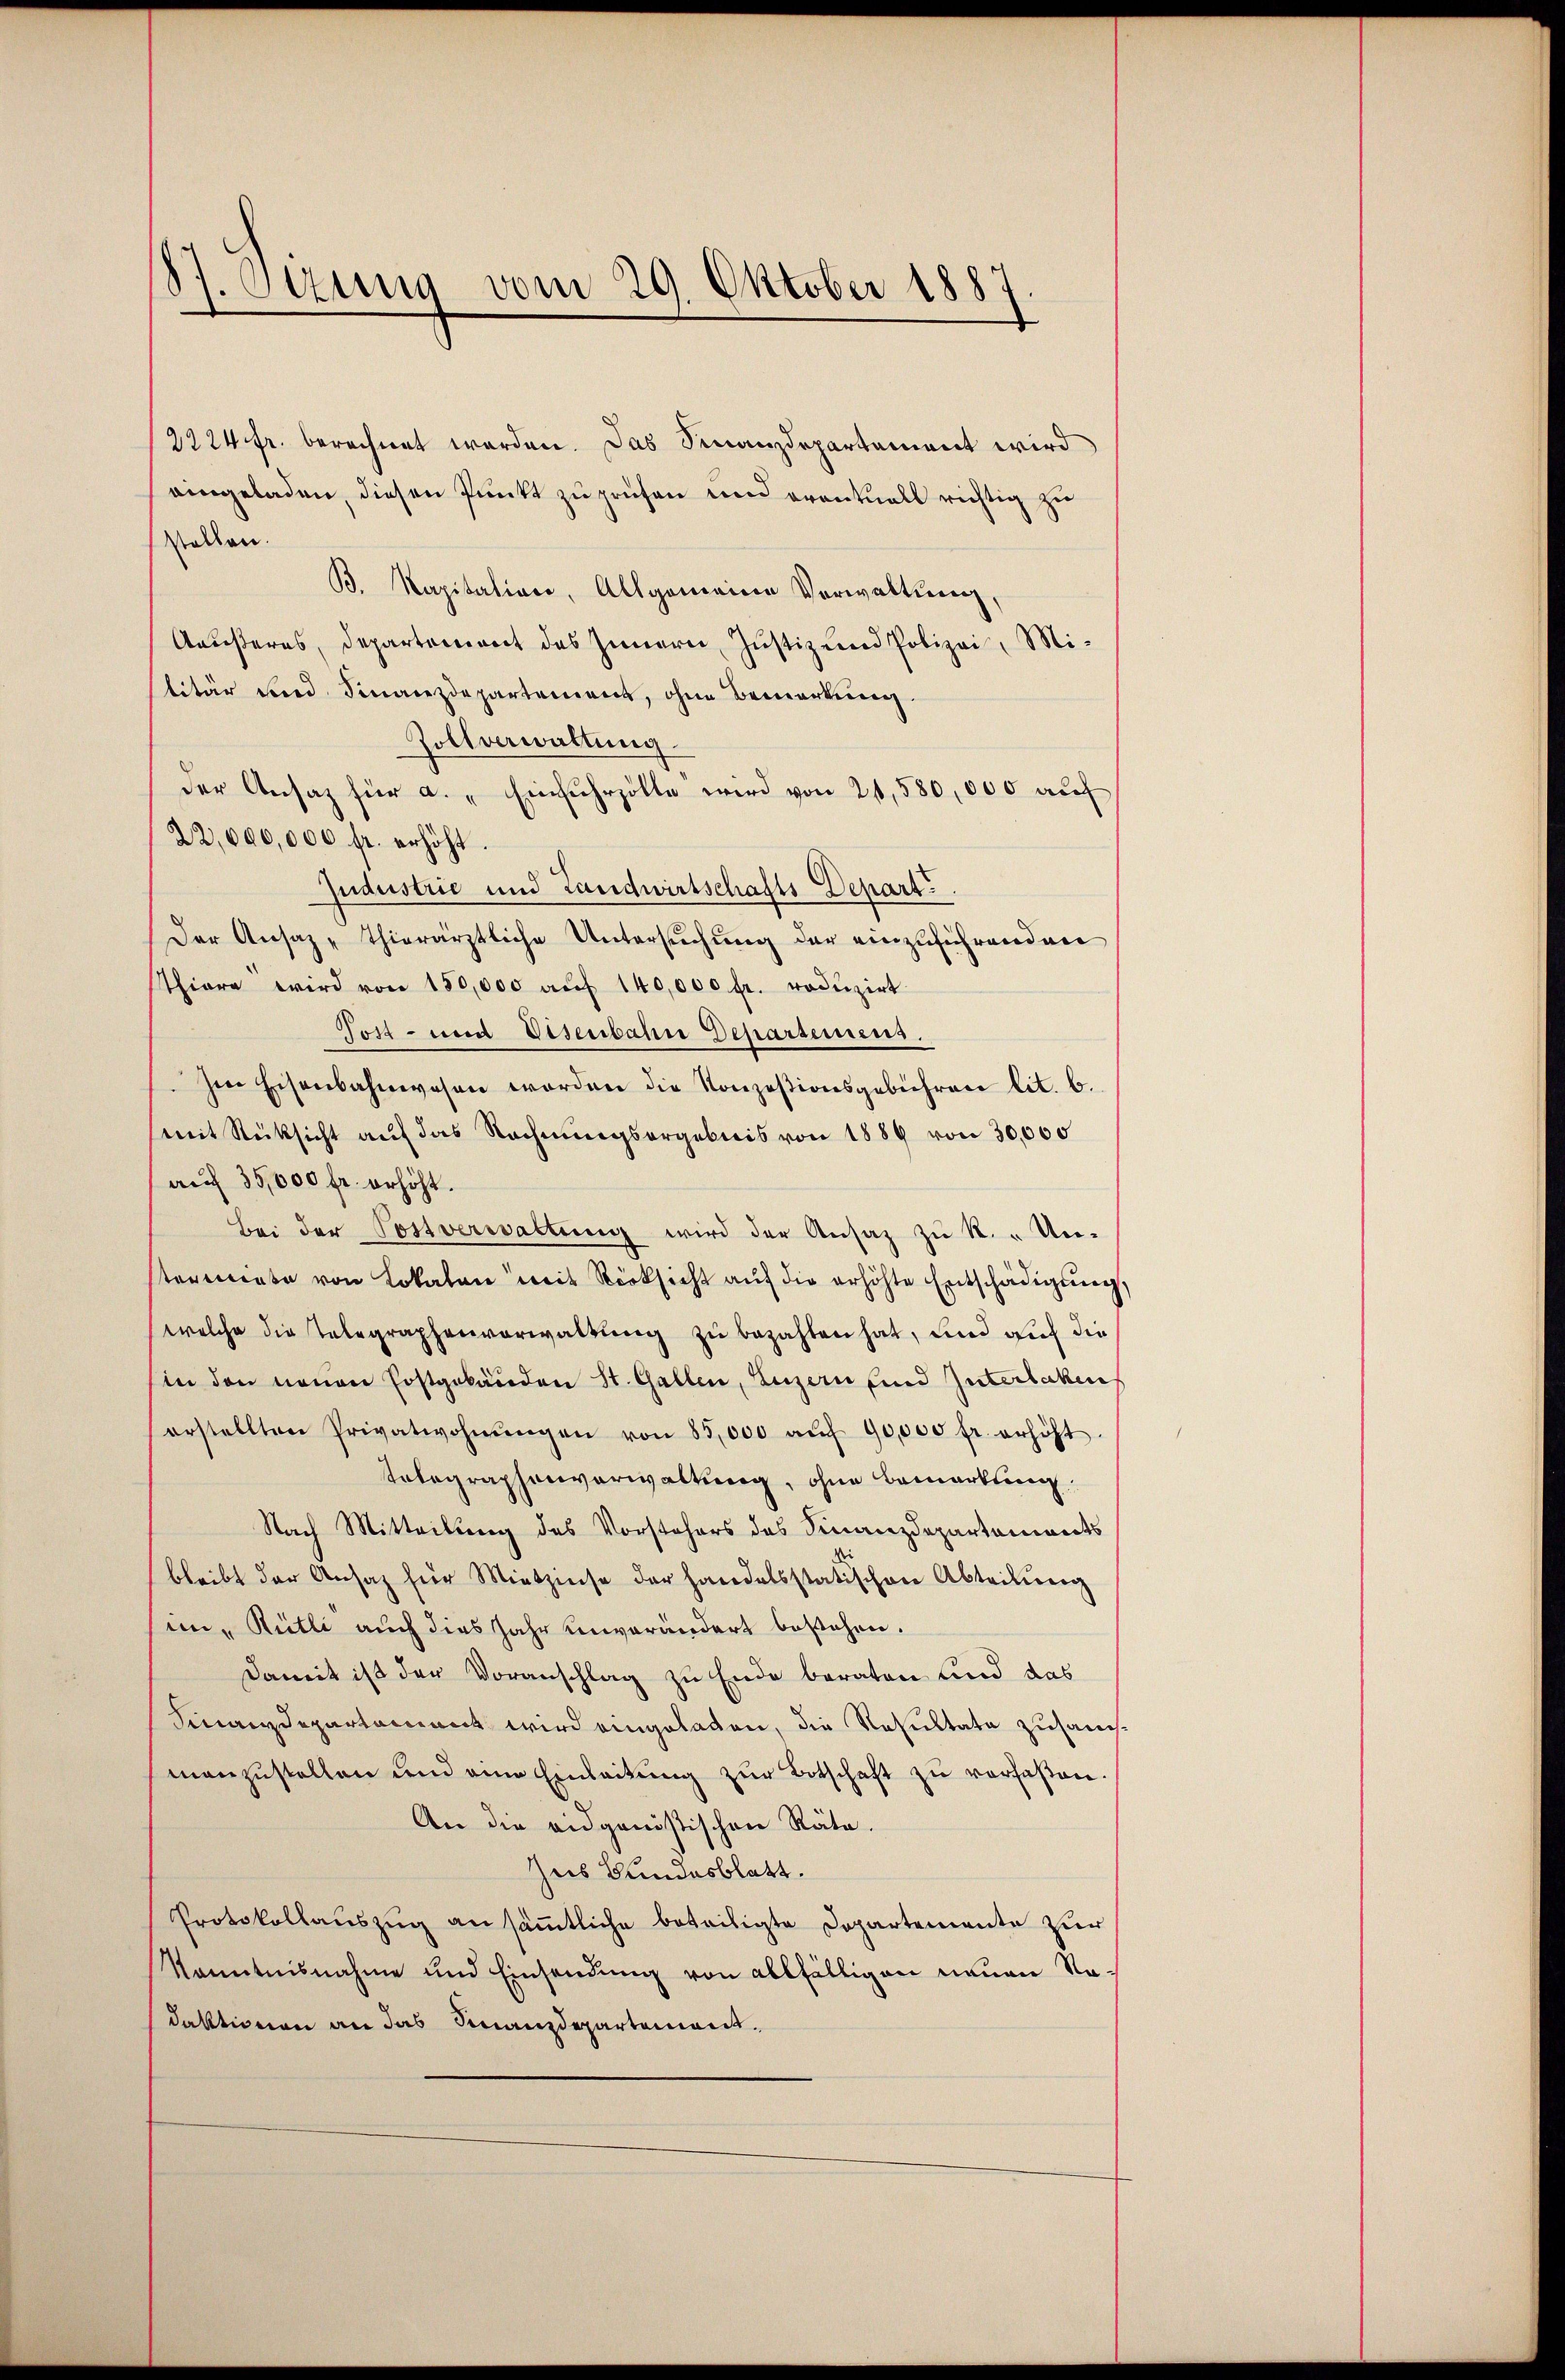
Ottung vom 29. Oktober 1887

Rollen.
litär und Finanzdepartement, ohne Bemerkung.
Zollverwaltung.
22,000,000 fr. erhöht.
Judustrie und Landwirtschafts Depart
Der Ansaz - Thierärztliche Untersuchung der einzuführenden
Thiere wird von 150,000 aŭf 140,000 fr. roduzirt
Tost- und Disenbahn Departemens.
Im Eisenbahnwesen worden die Konzesionsgebühren lit. 6.
(mit Rüksicht auf das Rechnungsergebnis von 1889 von 30,000
auf 35,000 fr. erhöht.
Bei der Postverwaltung wird der Ansaz zu R. „Unterate von Lokalen mit Rücksicht auf die erhöhte Entschädigung
welche die Telegraphenvorwaltung zu bezahlen hat, und auch die
hin den neuen Postgebäuden St. Gallen, Luzern und Interlaken
erstellten Privatwohnŭngen von 85,000 aŭf 90,000 fr. erhöht
Telegraphenverwaltung, ohne Bemerkung
Nach Mitteilung des Vorstehers des Finanzdepartements
bleibt der Ansatz für Mietzinse der handelsstatischen Abteilung
mm, Rütli auch dies Jahr unverändert bestehen.
Damit ist der Voranschlag zu Ende beraten und das
Finanzdepartement wird eingeladen, die Resultate zusam
manzŭstellen und eine Einleitŭng zŭr Botschaft zŭ verfaßen.
An die eidgenössischen Räte.
Zus Bundesblatt.
Protokollauszug an sämmtliche beteiligte Departemente zur
Kenntnisnahme und Einsendung von allfälligen neuen Nadaktionen an das Finanzdepartement.

2224 fr. berechnet worden. Das Finanzdepartement wird
eingeladen, diesen Punkt zu prüfen und eventuell richtig zu
B. Kapitation, Allgemeine Verwaltung
Amusteres, Departement des Innern, Justiz und Polizei, Mi-
der Ansaz für a. „Einfuhrzölle wird von 21,580,000 auf